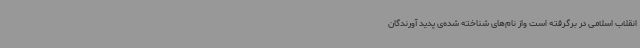
انقلاب اسلامی در برگرفته است واز نام‌های شناخته شده‌ی پدید آورندگان